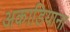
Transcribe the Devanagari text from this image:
अकाडियाना